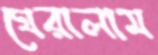
ঘেরালাম